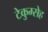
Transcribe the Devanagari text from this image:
टेकुम्सेह